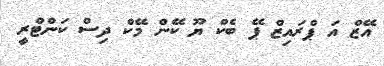
އޭޒް އަ ޕްރައިޒް ޕޭ ބެކް ޔޫ ކޭން މޭކް ދިސް ކަންޓްރީ